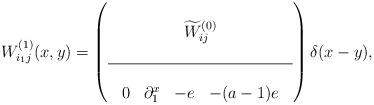
LaTeX: \begin{align*}W^{(1)}_{i_1j}(x,y)=\left(\begin{array}{cc}\\\widetilde{W}^{(0)}_{ij}\\\\\hline\\\begin{array}{ccccc}0&\partial^x_1&-e&-(a-1)e\end{array}\end{array}\right)\delta(x-y),\end{align*}